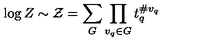
\log Z \sim { \cal Z } = \sum _ { G } \prod _ { v _ { q } \in G } t _ { q } ^ { \# v _ { q } }